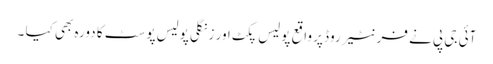
آئی جی پی نے فرنٹیر روڈ پر واقع پولیس پکٹ اور زنگلی پولیس پوسٹ کا دورہ بھی کیا ۔